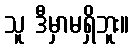
သူ ဒီမှာမရှိဘူး။